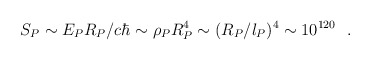
\begin{align*}S_P \sim E_P R_P/c\hbar \sim \rho_P R_P^4 \sim (R_P/l_P)^4 \sim 10^{120} ~~.\end{align*}